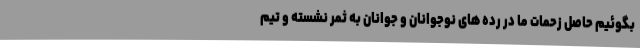
بگوئیم حاصل زحمات ما در رده های نوجوانان و جوانان به ثمر نشسته و تیم